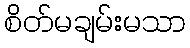
စိတ်မချမ်းမသာ